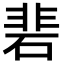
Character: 𮀦